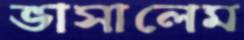
ভাসালেম